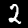
Digit: 2